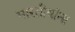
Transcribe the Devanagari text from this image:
भारतीयांंना